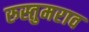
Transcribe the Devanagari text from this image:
रुस्तुमराव